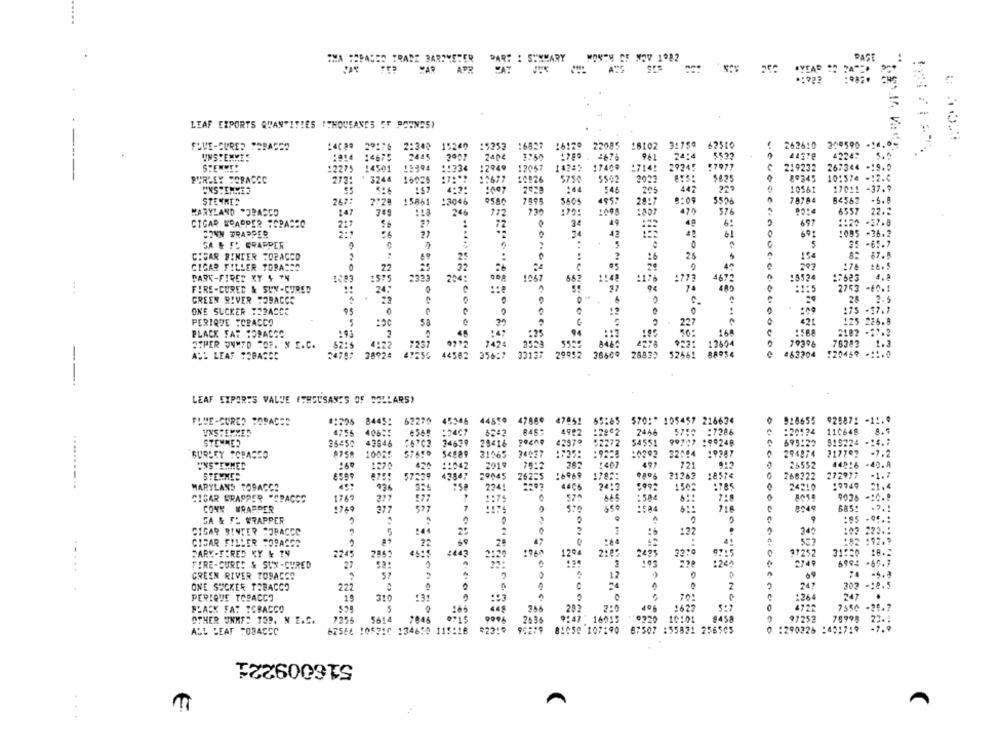
CEO TRADE BAROMETER
CAV
PAR: : SUMMARY MONTH CE NOV 1982
PAGE
#YEAR :
AS
LEAF EXPORTS QUANTITIES "THOUSANDS OF POUNDS)
31759
-14.0℃
FLUE-CURED TOBACCO
2:340
15240
:5253
16857
1612º 22085
16102
62510
262610
309590
UNSTEMMES
14675
2445
2007
2404
#250
2674
24.4
24378
4224:
17400
:714!
29245
57977
267344 -19.0
:2275
14501
1:394
:1334
12949
12047
219232
PURLEY TOPASSC
273:
3244
16025
12677
10826
5750
5542
2022
$835
10:574 -12.0
44
WINSTIMME2
:57
:007
20%
546
17011 -37.9
STEYKEN
267:
:5861
:3046
9580
5505
495:
8:09
3506
78784
-5.4
170:
576
22.5
MARYLAND *JBASCO
246
772
730
479
6557
CIGAR WRAPPER SCPASSO
72
49
697
:005
CONN WRAPPER
34
43
61
SA & FL GRAPPER
5
25 -65.7
CHGAR BINIER FORACCO
15
82 87.8
25
25
CIGAR FILLER TORASSA
22
.32
202
:74 46.5
PARK-FIRED KY 4 TH
2329
204:
15524
1:683
4.8
1575
66?
1176
2779
4672
...
FIRE-CURED & SUN-CURED
24.
480
:1:5
2753
GREEN RIVER TOBACCO
2. 5
ONE SUCKER TODACCC
175 -37.7
PERIQUE TOPACCO
2
421
125 226.8
PLACK FAT SOPACCS
168
:568
2102 -17.2
OTHER UNMID COF. N E.C.
225
4:32
723
##ICE
10396
76383
1.3
1960
AUL LEAF SSBASSE
28024
44562
356 :?
29052
462304
120469 -11.0
--.
LEAF EXPORTS VALUE (THOUSANDS OF DOLLARS)
FLUE-CURED BORACES
8445:
62270
44550
47869
47951
65165
$70 :* 105457 216634
918655
929871 -11.9
UNSTEMMER
4755
40625
845
5753 :7286
:20524
110648
STEMMES
25450
43646
29416
42579
52272
54551
99727 :90248
695:22
34679
BURLEY TOPASEO
$4889
31565
34027
1725:
:0292
32044
19287
294874
217792
-7.2
UNSTEMMED
:60
1270
2019
:407
.9
25552
44216
-40.4
:1042
76:2
STEMMES
42847
2004
:6969
1782:
21263
18574
266322
272977
-1.7
..........
MARYLAND TOBACCO
4406
2412
5992
1502
:785
24210
21.4
325
224
9036
CIGAR WRAPPER "CRACCO
1769
377
665
:584
718
CONN WRAPPER
:769
377
0:49
GA & FL WRAPPER
2
CIGAR BINTER SJPACCO
5
2
1
:22
34
222 .:
41
182 192.9
CICAR FILLER SOBACOS
22
PARK-FIRED KY & TN
2245
2852
2129
1960
1204
2495
22:0
07:5
37252
31:50
2 ??
:24^
2749
FIRE-CURES & SUX-CURED
27
GREEN RIVER TOBACCO
12
-5.
ONE SUCKER TOBACCO
24
302
-16.5
22
PERIQUE TOBACCO
19
31
Ne:
247
PLACK FAT SCBACCO
2622
4722
7550
-31.7
366
282
2:0
OTHER UNKES TOP. N. E.C.
7256
5614
7046
9996
2635
16055
0920
10:01
8458
97252
76998
23. :
ALL LEAF TOSACCC
62566 105210 134650 115:18
81050 107190
87507 :55821 256505
:290226 :451719
-7.9
516009221
A
...